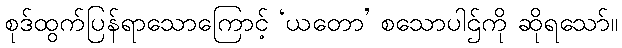
စုဒ်ထွက်ပြန်ရာသောကြောင့် ‘ယတော’ စသောပါဌ်ကို ဆိုရသော်။